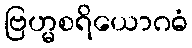
ဗြဟ္မစရိယောဂဓံ